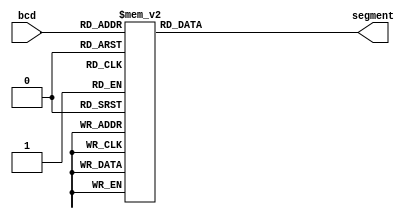
/*    bcd_7segment.v      */

// bcd   7segment    
module bcd_7segment(bcd,segment);
// bcd segment      

input [3:0] bcd; // 4     (A, B, C, D)
output reg [6:0] segment; // 7    
//    reg  (a, b, c, d, e, f, g)

always @(bcd)
// t=0 bcd       
begin 
	case(bcd) // bcd  segment  
		4'd0 : segment = 7'b111_111_0; // 0 
		4'd1 : segment = 7'b011_000_0; // 1 
		4'd2 : segment = 7'b110_110_1; // 2 
		4'd3 : segment = 7'b111_100_1; // 3 
		4'd4 : segment = 7'b011_001_1; // 4 
		4'd5 : segment = 7'b101_101_1; // 5 
		4'd6 : segment = 7'b101_111_1; // 6 
		4'd7 : segment = 7'b111_000_0; // 7 
		4'd8 : segment = 7'b111_111_1; // 8 
		4'd9 : segment = 7'b111_101_1; // 9 
		default : segment = 7'b000_000_1; //   - 
		//      
	endcase 
end

endmodule //bcd to 7segment